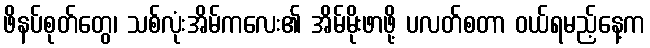
ဖိနပ်စုတ်တွေ၊ သစ်လုံးအိမ်ကလေး၏ အိမ်မိုးဖာဖို့ ပလတ်စတာ ဝယ်ရမည့်နေ့က